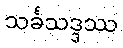
သင်္ခသဒ္ဒဿ